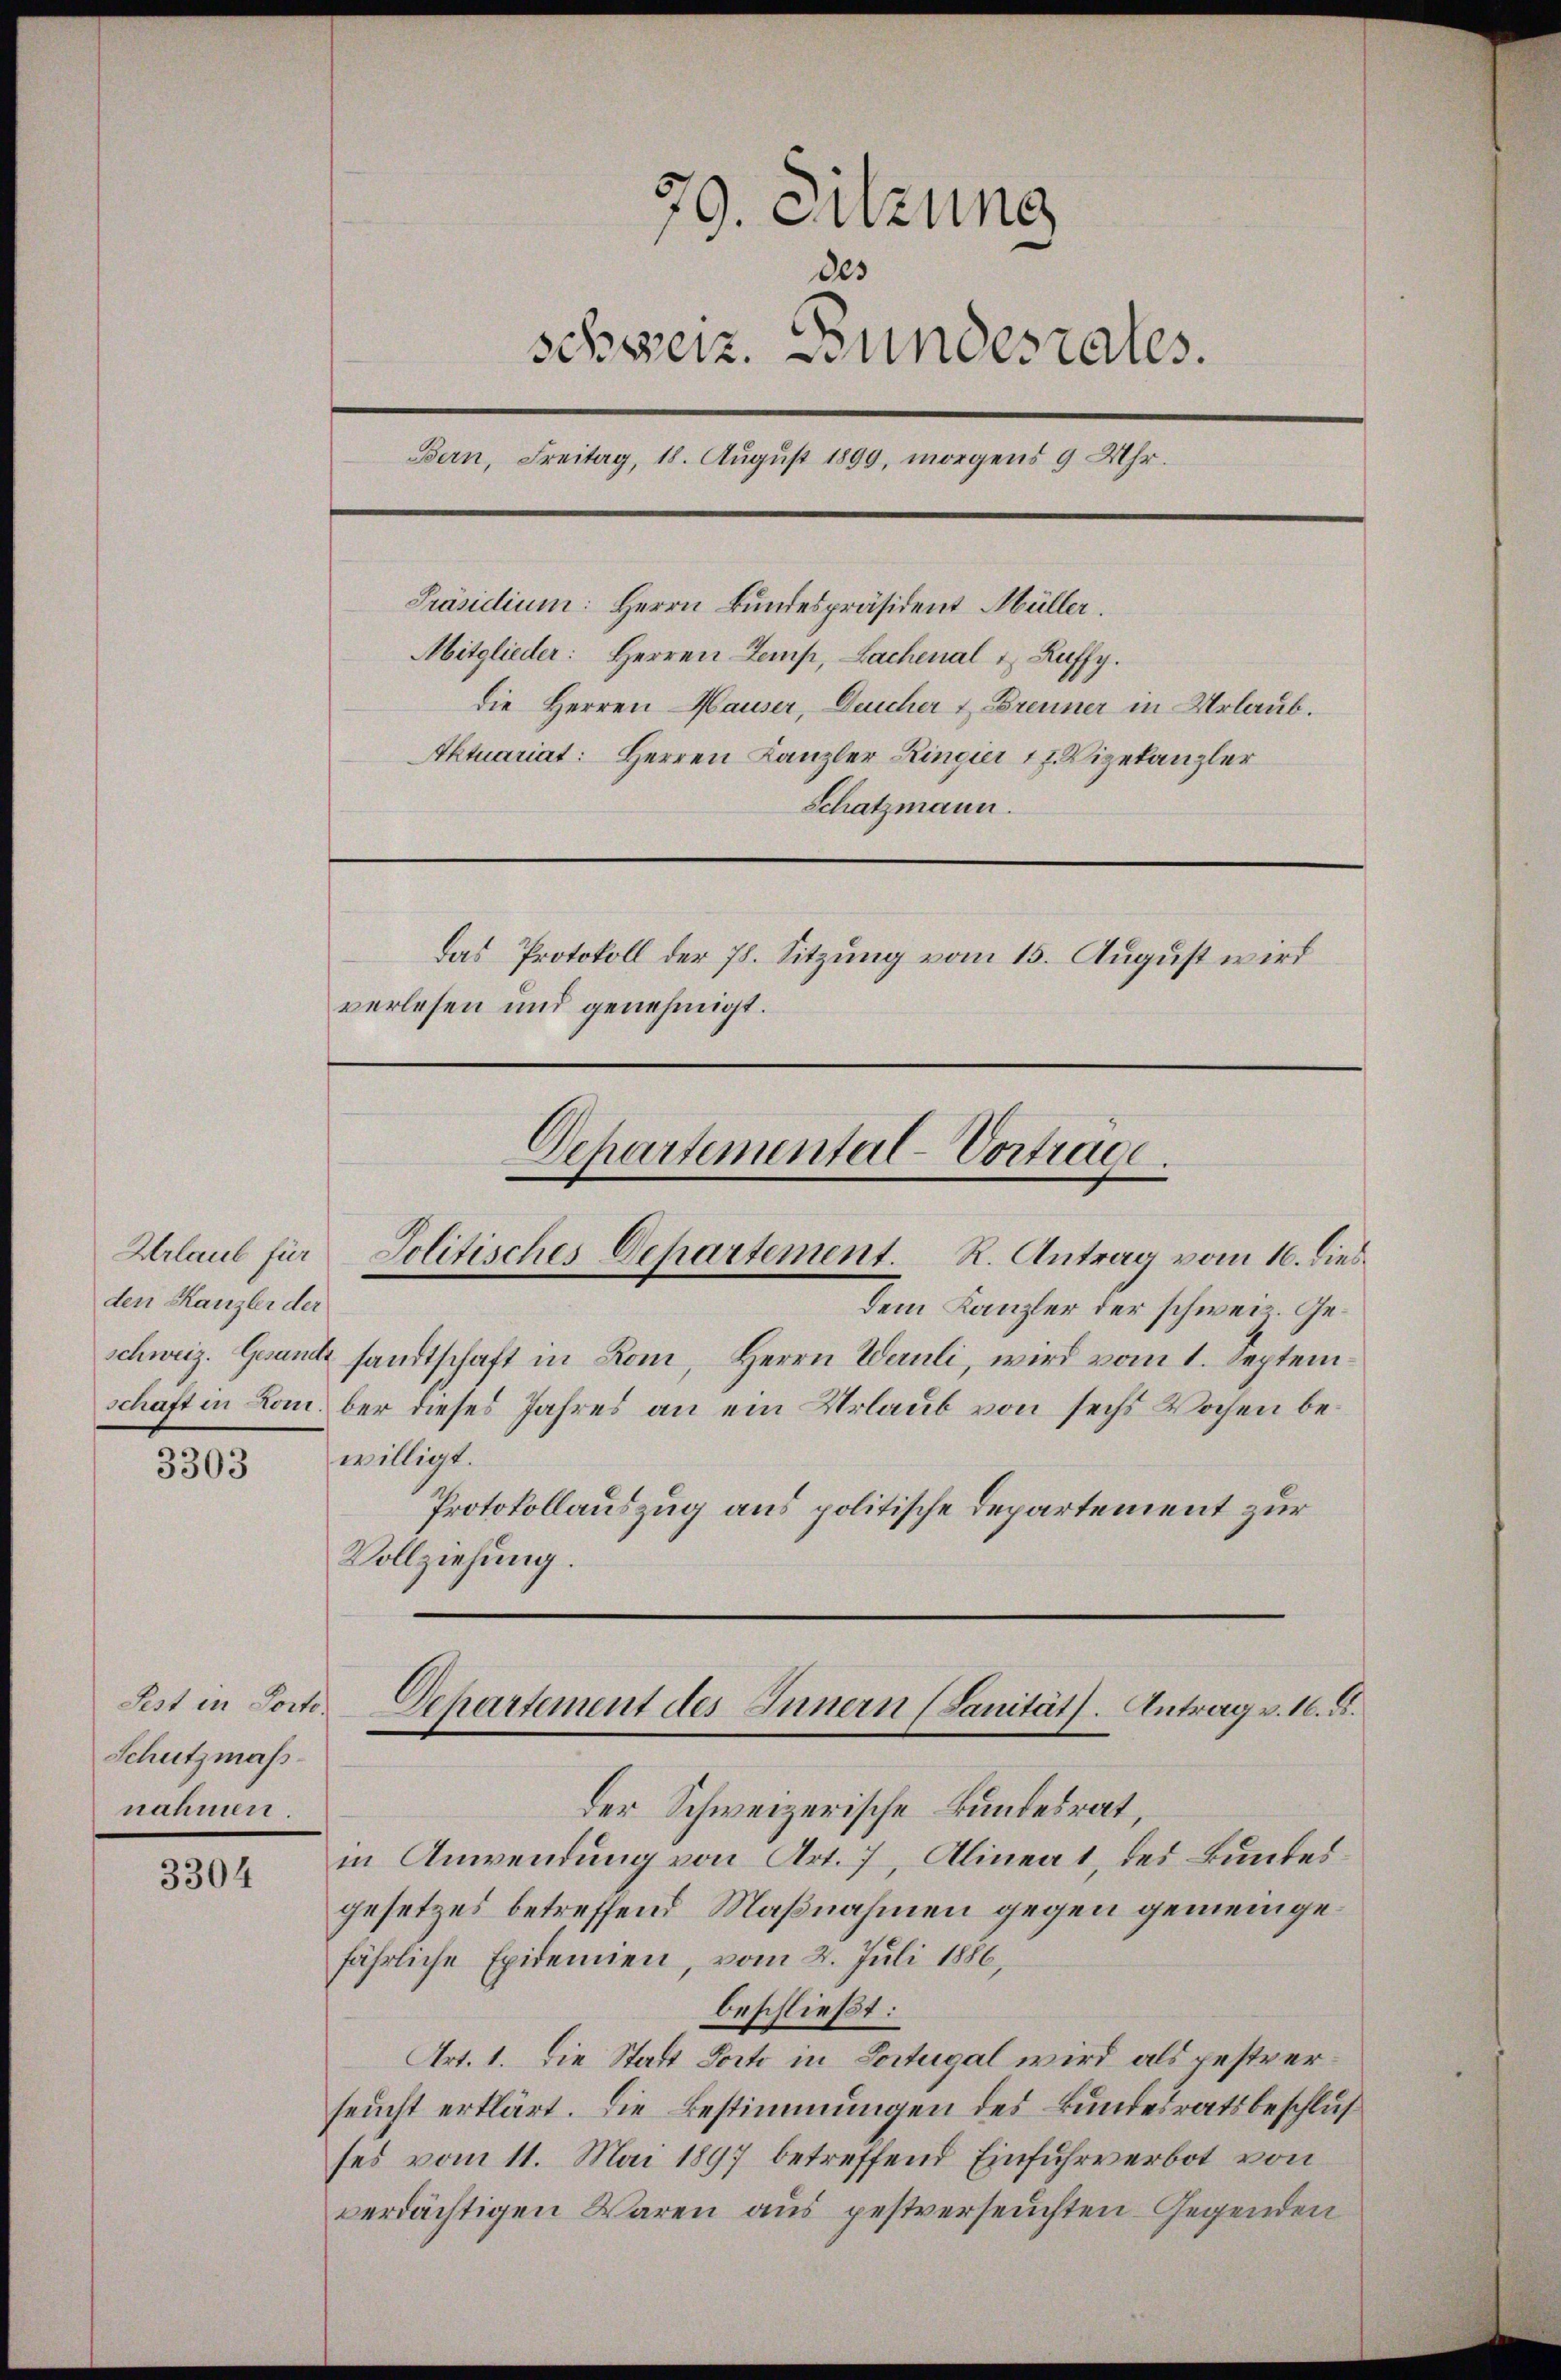
Urlaub für
den Kanzler der

3303

Pest in Porto.
Schutzmaßnahmen

3304

79. Sitzung
des
schweiz. Bundesrates.
Bern, Freitag, 18. August 1899, morgens 9 Uhr.
Präsidium: Herrn Bundespräsident Müller.
Mitglieder: Herren Temp, Lachenal & Ruffy.
die Herren Hauser, Deucher & Brenner in Urlaub.
Aktuariat: Herren Kanzler Ringier 17. Vizekanzler
Schatzmann.
Das Protokoll der 78. Sitzung vom 15. August wird
verlesen und genehmigt.

Departemental-Vorträge.
Jolitisches Departement. R. Antrag vom 16. dies

Dem Kanzler der schweiz. Geschweiz. Gesandt sandtschaft in Rom, Herrn Wernli, wird vom 1. Septemschaft in Lomber dieses Jahres an ein Urlaub von sechs Wochen bewilligt.
Protokollauszug aus politische Departement zur
Vollziehung.

Departement des Innern (Sanität. Antrag v. 16. d.

Der Schweizerische Bandesrat,
in Anwendung von Art. 7, Alineat, des Bundesgesetzes betreffend Maßnahmen gegen gemeingefährliche Epidemien, vom 2. Juli 1886,
beschließt:
Art. 1. Die Stadt Porto in Portugal wird als gestrerseucht erklärt. Die Bestimmungen des Bundesratsbeschlusses vom 11. Mai 1897 betreffend Einfuhrverbot von
verdächtigen Waren aus pestverseuchten Gegenden